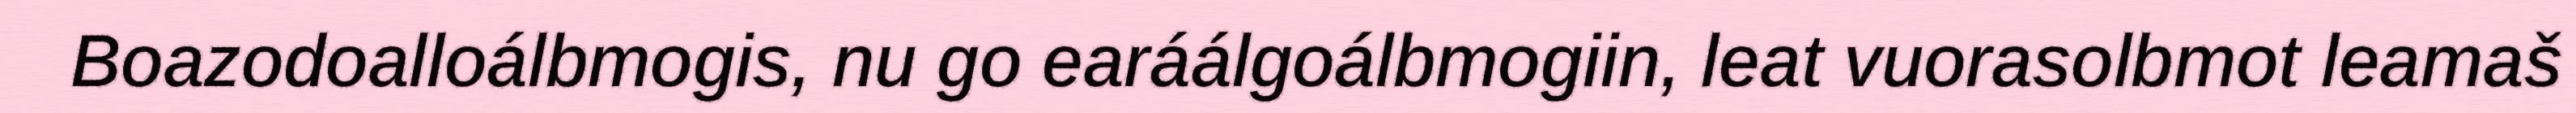
Boazodoalloálbmogis, nu go earáálgoálbmogiin, leat vuorasolbmot leamaš